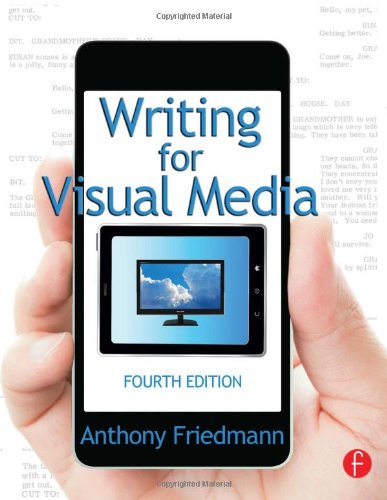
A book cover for Writing for Visual Media; Anthony Friedmann; Humor & Entertainment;